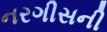
નરગીસની